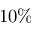
1 0 \%